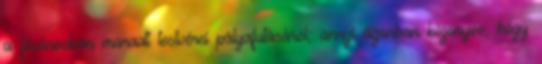
a fővárosban maradt testvérei pályafutásáról; annyi azonban bizonyos, hogy